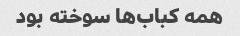
همه کباب‌ها سوخته بود